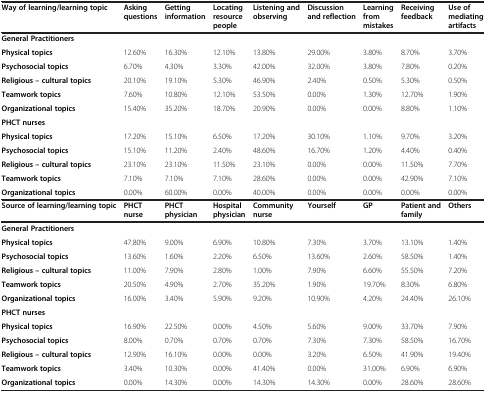
<table><thead><tr><td><b>Way of learning/learning topic</b></td><td><b>Asking questions</b></td><td><b>Getting information</b></td><td><b>Locating resource people</b></td><td><b>Listening and observing</b></td><td><b>Discussion and reflection</b></td><td><b>Learning from mistakes</b></td><td><b>Receiving feedback</b></td><td><b>Use of mediating artifacts</b></td></tr></thead><tbody><tr><td><b>General Practitioners</b></td><td></td><td></td><td></td><td></td><td></td><td></td><td></td><td></td></tr><tr><td><b>Physical topics</b></td><td>12.60%</td><td>16.30%</td><td>12.10%</td><td>13.80%</td><td>29.00%</td><td>3.80%</td><td>8.70%</td><td>3.70%</td></tr><tr><td><b>Psychosocial topics</b></td><td>6.70%</td><td>4.30%</td><td>3.30%</td><td>42.00%</td><td>32.00%</td><td>3.80%</td><td>7.80%</td><td>0.20%</td></tr><tr><td><b>Religious – cultural topics</b></td><td>20.10%</td><td>19.10%</td><td>5.30%</td><td>46.90%</td><td>2.40%</td><td>0.50%</td><td>5.30%</td><td>0.50%</td></tr><tr><td><b>Teamwork topics</b></td><td>7.60%</td><td>10.80%</td><td>12.10%</td><td>53.50%</td><td>0.00%</td><td>1.30%</td><td>12.70%</td><td>1.90%</td></tr><tr><td><b>Organizational topics</b></td><td>15.40%</td><td>35.20%</td><td>18.70%</td><td>20.90%</td><td>0.00%</td><td>0.00%</td><td>8.80%</td><td>1.10%</td></tr><tr><td><b>PHCT nurses</b></td><td></td><td></td><td></td><td></td><td></td><td></td><td></td><td></td></tr><tr><td><b>Physical topics</b></td><td>17.20%</td><td>15.10%</td><td>6.50%</td><td>17.20%</td><td>30.10%</td><td>1.10%</td><td>9.70%</td><td>3.20%</td></tr><tr><td><b>Psychosocial topics</b></td><td>15.10%</td><td>11.20%</td><td>2.40%</td><td>48.60%</td><td>16.70%</td><td>1.20%</td><td>4.40%</td><td>0.40%</td></tr><tr><td><b>Religious – cultural topics</b></td><td>23.10%</td><td>23.10%</td><td>11.50%</td><td>23.10%</td><td>0.00%</td><td>0.00%</td><td>11.50%</td><td>7.70%</td></tr><tr><td><b>Teamwork topics</b></td><td>7.10%</td><td>7.10%</td><td>7.10%</td><td>28.60%</td><td>0.00%</td><td>0.00%</td><td>42.90%</td><td>7.10%</td></tr><tr><td><b>Organizational topics</b></td><td>0.00%</td><td>60.00%</td><td>0.00%</td><td>40.00%</td><td>0.00%</td><td>0.00%</td><td>0.00%</td><td>0.00%</td></tr><tr><td><b>Source of learning/learning topic</b></td><td><b>PHCT nurse</b></td><td><b>PHCT physician</b></td><td><b>Hospital physician</b></td><td><b>Community nurse</b></td><td><b>Yourself</b></td><td><b>GP</b></td><td><b>Patient and family</b></td><td><b>Others</b></td></tr><tr><td><b>General Practitioners</b></td><td></td><td></td><td></td><td></td><td></td><td></td><td></td><td></td></tr><tr><td><b>Physical topics</b></td><td>47.80%</td><td>9.00%</td><td>6.90%</td><td>10.80%</td><td>7.30%</td><td>3.70%</td><td>13.10%</td><td>1.40%</td></tr><tr><td><b>Psychosocial topics</b></td><td>13.60%</td><td>1.60%</td><td>2.20%</td><td>6.50%</td><td>13.60%</td><td>2.60%</td><td>58.50%</td><td>1.40%</td></tr><tr><td><b>Religious – cultural topics</b></td><td>11.00%</td><td>7.90%</td><td>2.80%</td><td>1.00%</td><td>7.90%</td><td>6.60%</td><td>55.50%</td><td>7.20%</td></tr><tr><td><b>Teamwork topics</b></td><td>20.50%</td><td>4.90%</td><td>2.70%</td><td>35.20%</td><td>1.90%</td><td>19.70%</td><td>8.30%</td><td>6.80%</td></tr><tr><td><b>Organizational topics</b></td><td>16.00%</td><td>3.40%</td><td>5.90%</td><td>9.20%</td><td>10.90%</td><td>4.20%</td><td>24.40%</td><td>26.10%</td></tr><tr><td><b>PHCT nurses</b></td><td></td><td></td><td></td><td></td><td></td><td></td><td></td><td></td></tr><tr><td><b>Physical topics</b></td><td>16.90%</td><td>22.50%</td><td>0.00%</td><td>4.50%</td><td>5.60%</td><td>9.00%</td><td>33.70%</td><td>7.90%</td></tr><tr><td><b>Psychosocial topics</b></td><td>8.00%</td><td>0.70%</td><td>0.70%</td><td>0.70%</td><td>7.30%</td><td>7.30%</td><td>58.50%</td><td>16.70%</td></tr><tr><td><b>Religious – cultural topics</b></td><td>12.90%</td><td>16.10%</td><td>0.00%</td><td>0.00%</td><td>3.20%</td><td>6.50%</td><td>41.90%</td><td>19.40%</td></tr><tr><td><b>Teamwork topics</b></td><td>3.40%</td><td>10.30%</td><td>0.00%</td><td>41.40%</td><td>0.00%</td><td>31.00%</td><td>6.90%</td><td>6.90%</td></tr><tr><td><b>Organizational topics</b></td><td>0.00%</td><td>14.30%</td><td>0.00%</td><td>14.30%</td><td>14.30%</td><td>0.00%</td><td>28.60%</td><td>28.60%</td></tr></tbody></table>